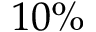
1 0 \%